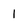
Character: 1